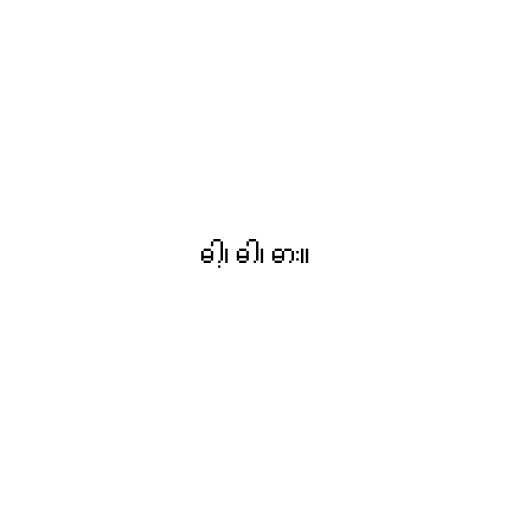
ဓါ့၊ ဓါ၊ ဓား။